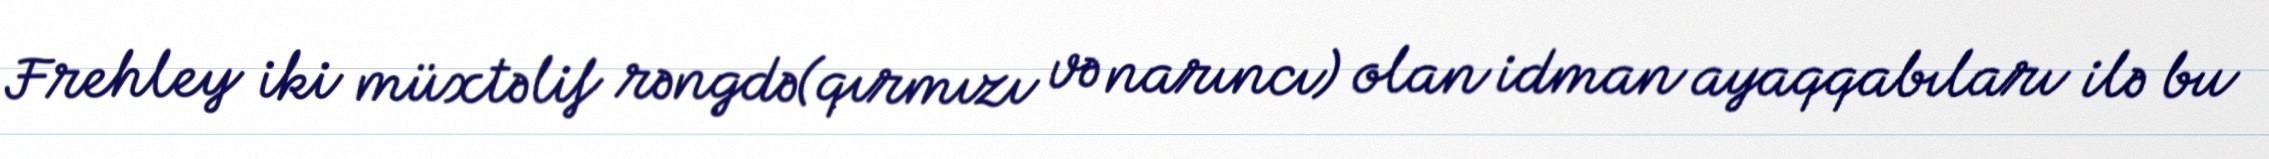
Frehley iki müxtəlif rəngdə(qırmızı və narıncı) olan idman ayaqqabıları ilə bu